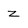
Character: z